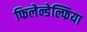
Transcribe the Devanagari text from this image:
फिलेन्डेल्फिया